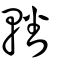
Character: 轓